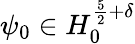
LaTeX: \psi_{0}\in H_{0}^{\frac{5}{2}+\delta}